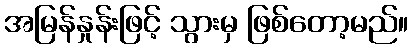
အမြန်နှုန်းဖြင့် သွားမှ ဖြစ်တော့မည်။